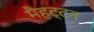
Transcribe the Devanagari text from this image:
मैहट्टन